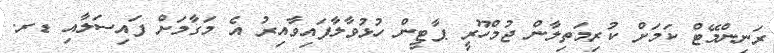
ރަނިންމޭޓް ކަމަށް ކުރިމަތިލާން ޖުމްހޫރީ ޕާޓީން ހުޅުވާލާފައިވާއިރު އެ މަގާމަށް ފައިސަލާއި ޑރ.